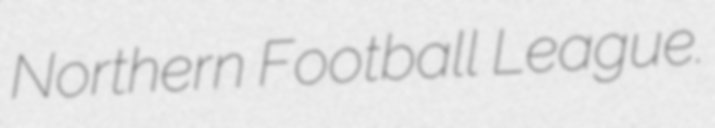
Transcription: Northern Football League.